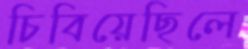
চিবিয়েছিলে